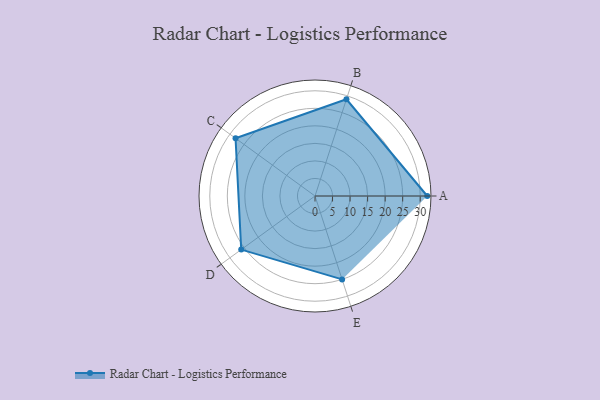
{"axis": {"x": "Skill", "y": "Score"}, "legend": ["Profile"], "data": [{"x": "A", "y": 32.0, "type": "Profile"}, {"x": "B", "y": 29.0, "type": "Profile"}, {"x": "C", "y": 28.0, "type": "Profile"}, {"x": "D", "y": 26.0, "type": "Profile"}, {"x": "E", "y": 25.0, "type": "Profile"}]}